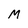
Character: M